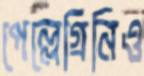
পেল্লেগ্রিনিও